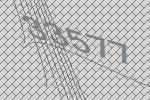
33577